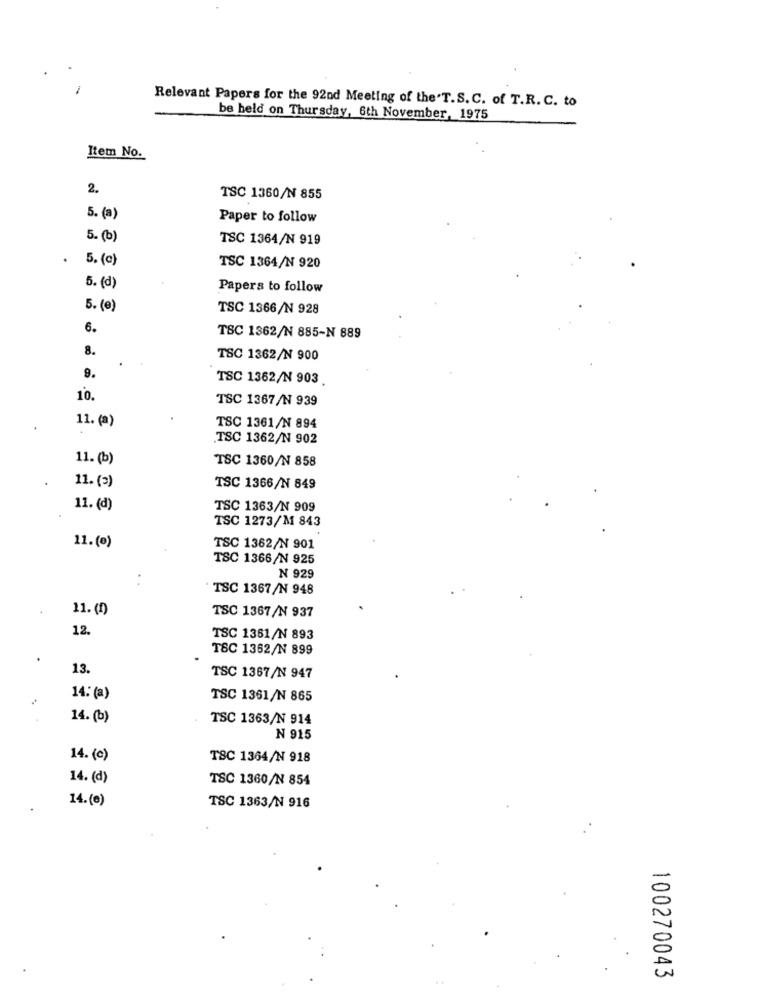
Relevant Papers for the 92nd Meeting of the'T.S.C. of T.R. C. to
be held on Thursday, 6th November, 1975
Item No.
2.
TSC 1360/N 855
5. (a)
Paper to follow
5. (b)
TSC 1364/N 919
. 5. (c)
TSC 1364/N 920
5. (d)
Papers to follow
5. (e)
TSC 1366/N 928
6.
TSC 1362/N 885-N 889
8.
TSC 1362/N 900
9.
TSC 1362/N 903.
10.
TSC 1367/N 939
11. (a)
TSC 1361/N 894
TSC 1362/N 902
11. (b)
TSC 1360/N 858
11. (=)
TSC 1366/N 849
11. (d)
TSC 1363/N 909
TSC 1273/M 843
11.(0)
TSC 1362/N 901
TSC 1366/N 925
N 929
TSC 1367/N 948
11.(1)
TSC 1367/N 937
12.
TSC 1361/N 893
TSC 1362/N 899
13.
TSC 1367/N 947
14: (a)
TSC 1361/N 865
14. (b)
TSC 1363/N 914
N 915
14. (c)
TSC 1364/N 918
14. (d)
TSC 1360/N 854
14.(0)
TSC 1363/N 916
100270043